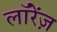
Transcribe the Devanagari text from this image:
लॉरेंज़